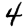
Digit: 4